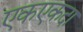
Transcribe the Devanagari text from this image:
एकएकदा